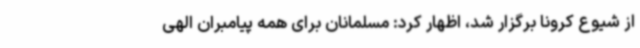
از شیوع کرونا برگزار شد، اظهار کرد: مسلمانان برای همه پیامبران الهی